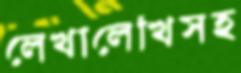
লেখালেখিসহ